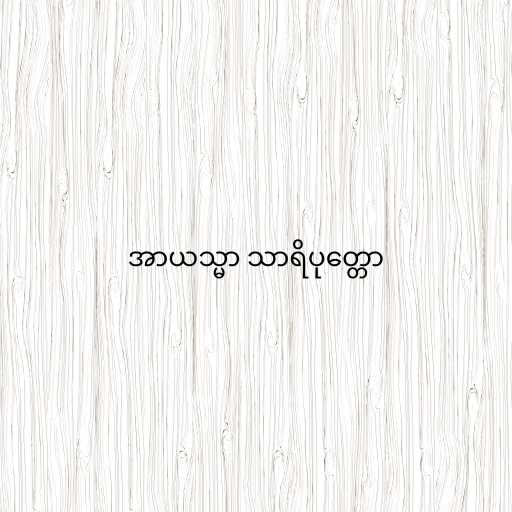
အာယသ္မာ သာရိပုတ္တော